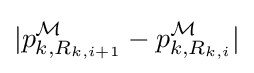
|p_{k,R_{k,i+1}}^{\mathcal {M}}-p_{k,R_{k,i}}^{\mathcal {M}}|